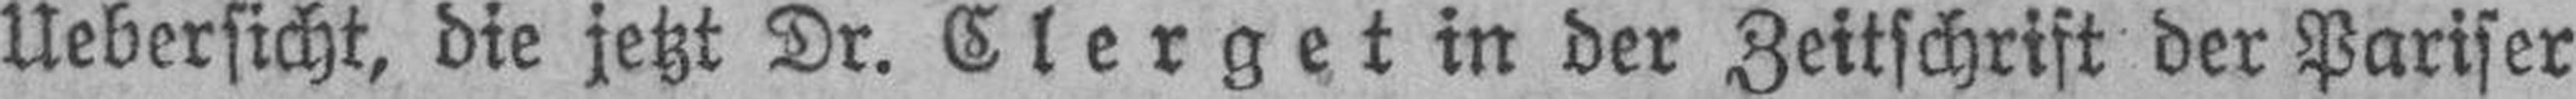
Uebersicht, die jetzt Dr. Clerget in der Zeitschrift der Pariser